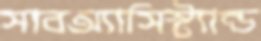
সাবঅ্যাসিস্ট্যান্ড